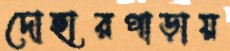
দোহারপাড়ায়